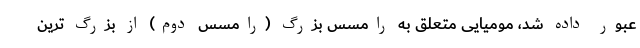
عبور داده شد، مومیایی متعلق به رامسس بزرگ (رامسس دوم) از بزرگ ترین